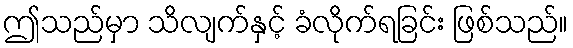
ဤသည်မှာ သိလျက်နှင့် ခံလိုက်ရခြင်း ဖြစ်သည်။